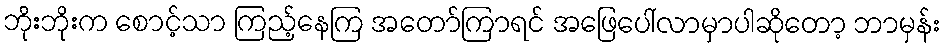
ဘိုးဘိုးက စောင့်သာ ကြည့်နေကြ အတော်ကြာရင် အဖြေပေါ်လာမှာပါဆိုတော့ ဘာမှန်း